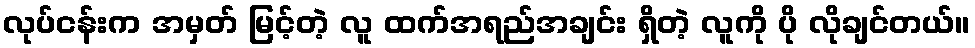
လုပ်ငန်းက အမှတ် မြင့်တဲ့ လူ ထက်အရည်အချင်း ရှိတဲ့ လူကို ပို လိုချင်တယ်။